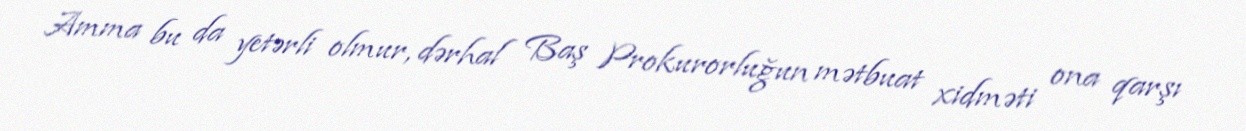
Amma bu da yetərli olmur, dərhal Baş Prokurorluğun mətbuat xidməti ona qarşı